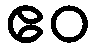
ဧဝ